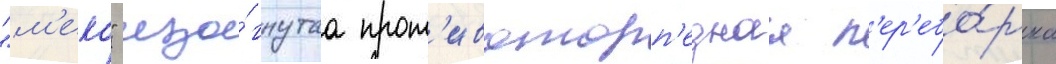
"м'еко" изо́гнутаа прот'ивоторп'еднаа п'ер'ебо́рка